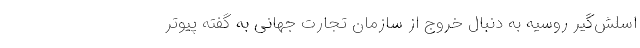
اسلش‌گیر روسیه به دنبال خروج از سازمان تجارت جهانی به گفته پیوتر